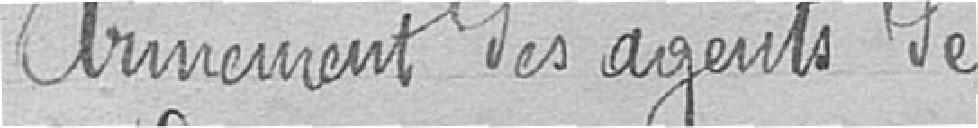
Armement des agents de